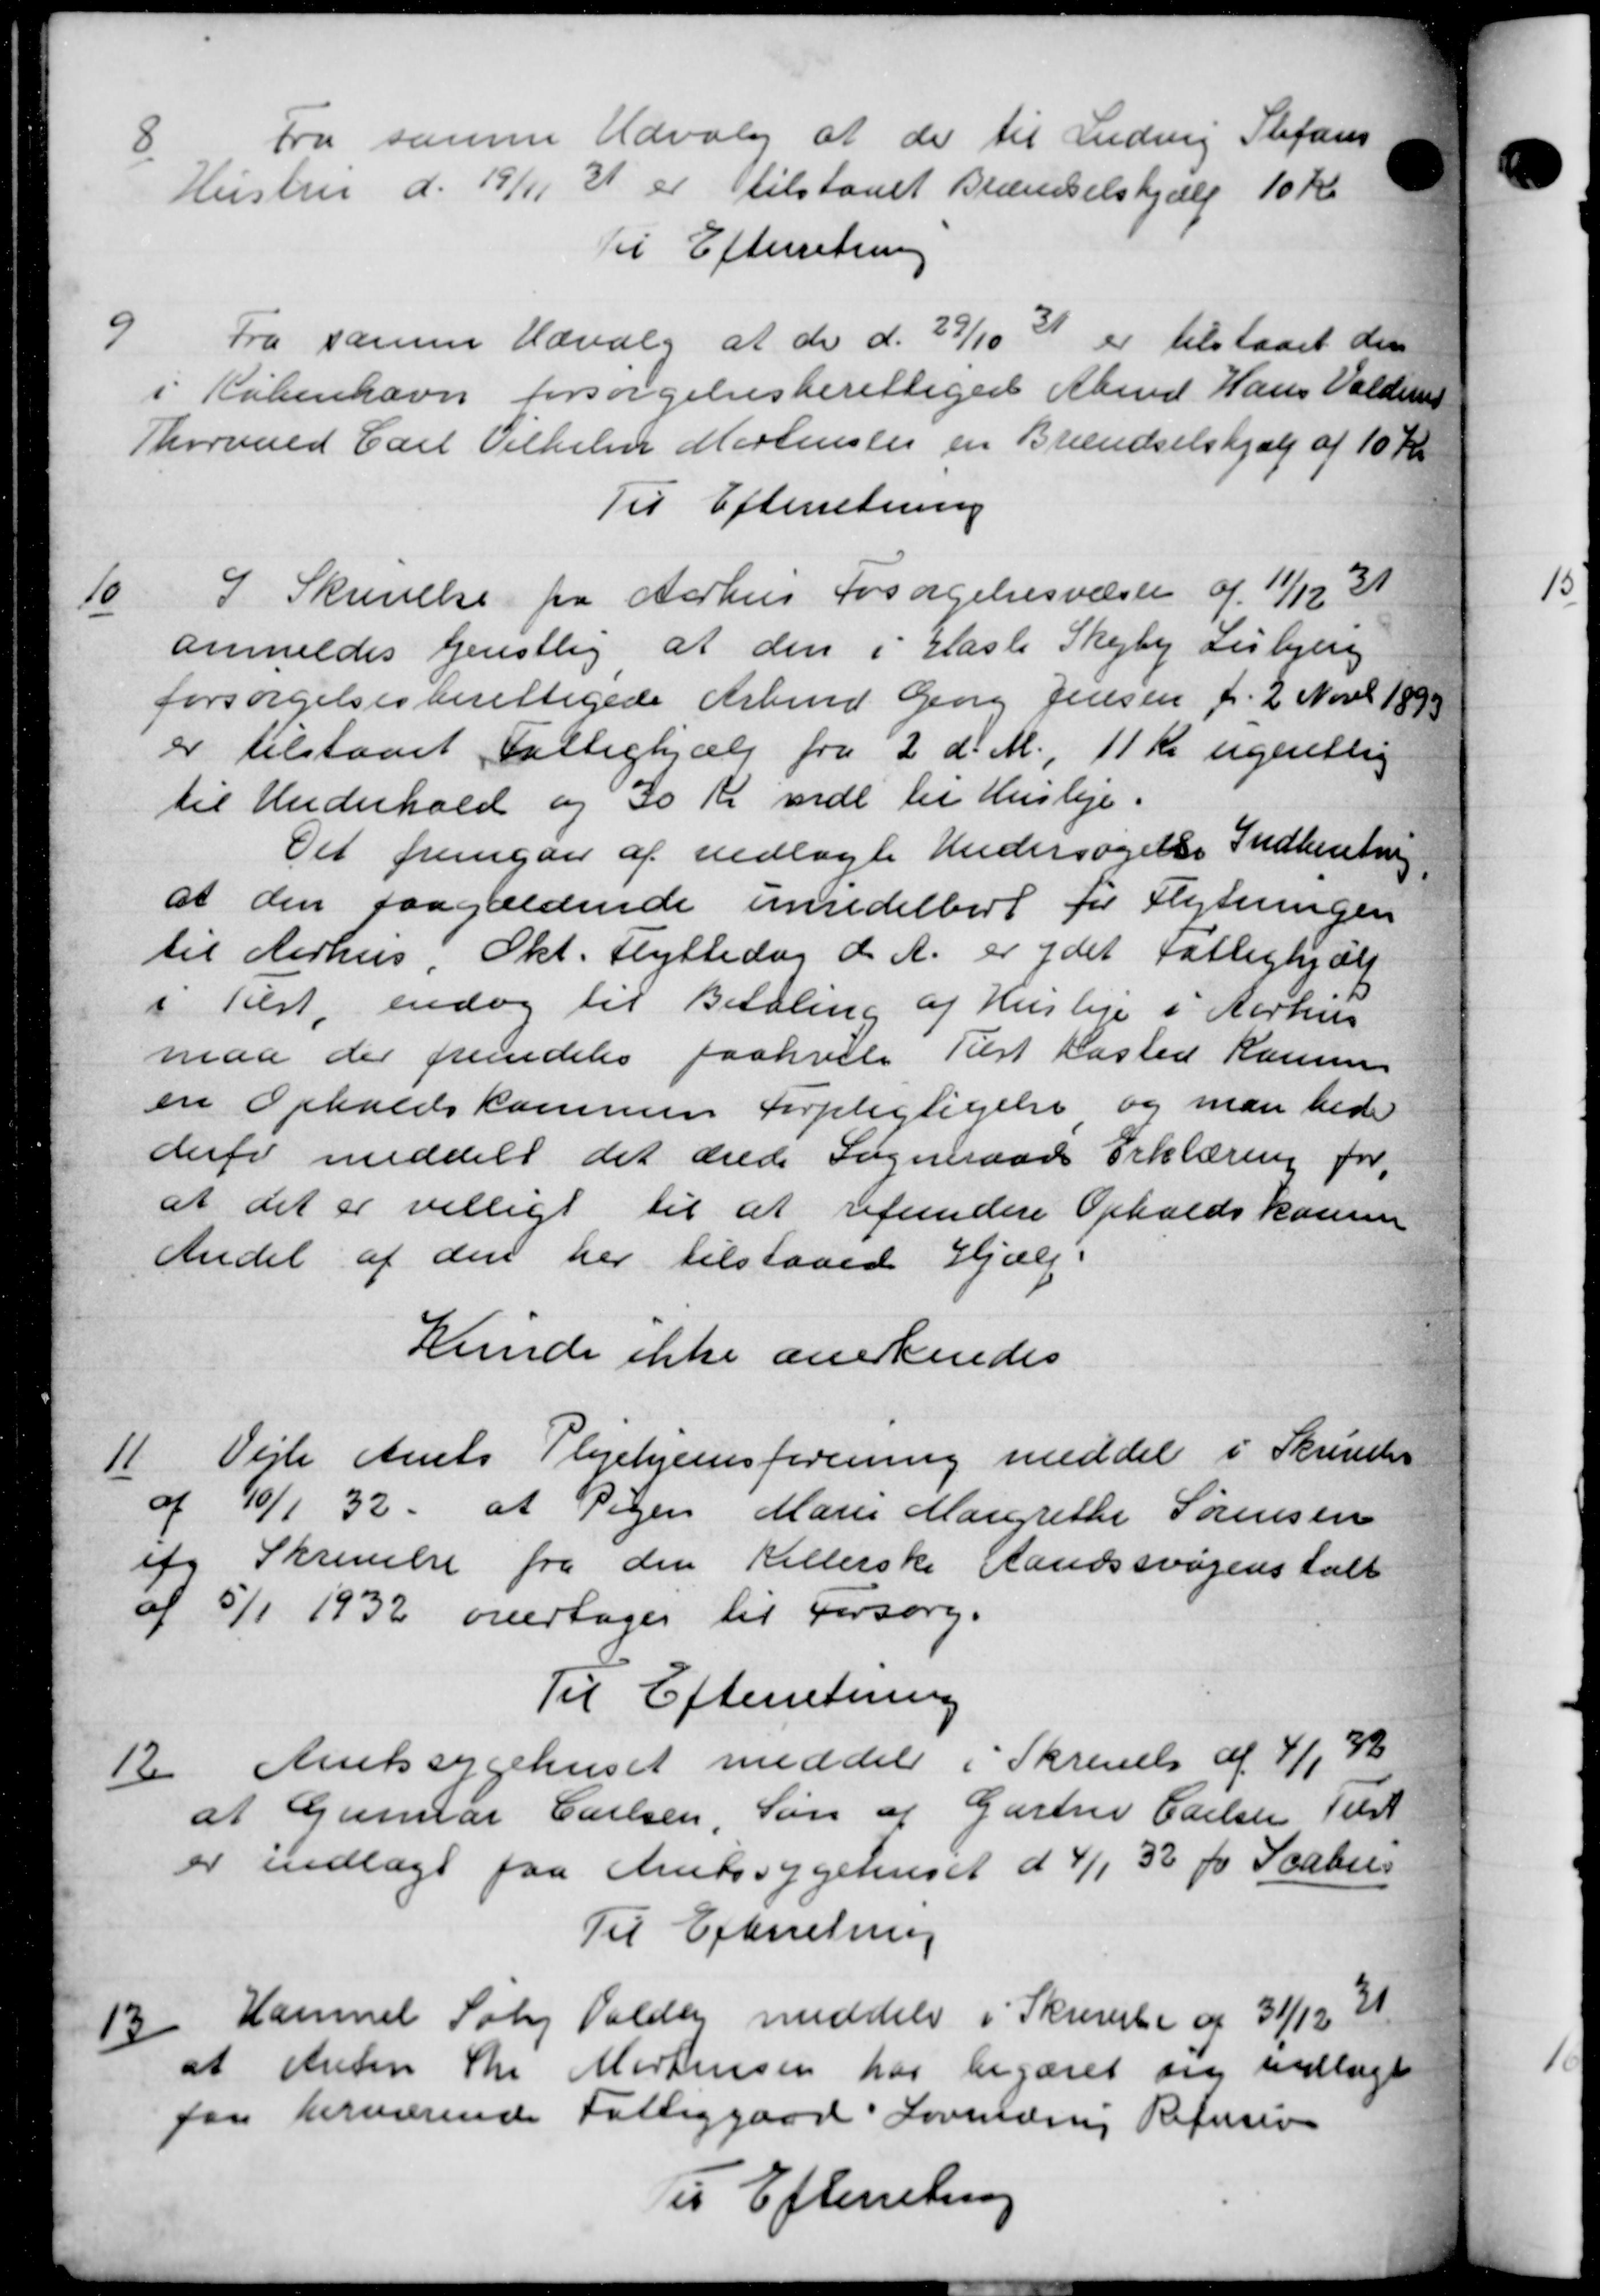
Transskription:
Fra samme Udvalg at de til Ludvig Stefans
Hustru d. 19/11 31 er tilstaaet Brændselshjælp 10 Kr.
Til Efterretning

Fra samme Udvalg at de d. 27/10 21 er tilstaaet den
i København forsørgelsesberettiget Arbmd Hans Valdem
Thorvald Carl Vilhelm Mortensen en Brændselshjælp af 10 Kr
Til Efterretning

I Skrivelse fra Aarhus Forsøgelsesvæsen af 11/12 31
anmeldes Genstlig at den i Hasle Skejby Lisbjerg
forsørgelsesberettigede Arbmd Georg Jensen f. 2 Novbr 1893
er tilstaaet Fattighjælp fra 2' d. M., 11 Kr ugentlig
til Underhold og 30 Kr mdl til Husleje.
Det fremgaa af vedlagte Undersøgelse Indberetning
at den paagældende umidelbert for Flytningen
til Aarhus i Okt. Flyttedag d. A. er ydet Fattighjælp
i Tilst, endog til Betaling af Husleje i Aarhus
maa der fremdeles paahvile Tilst Kasted Kausen
en Opholdskommen Forpligtigelse og man bede
derfor meddelt det ærede Sogneraads Erklæring for
at det er villigt til at refundere Opholdskomm
Andel af den her tilstaaed Hjælp.
Kunde ikke anerkendes
11
Vejle Amts Plejehjemsforening meddel i Skrivelse
af 40/1 32. at Pigen Marie Margrethe Sørensen
ig Skrivelse fra den Kellerske Aandssvagenstalt
af 5/1 1932 overtages til Forsorg.
Til Efterretning
12.
Amtssygehuset meddele i Skrivelse af 4/1, 42
at Gunnar Carlsen, Søn af Gartne Carlsen Tilst
er indlagt paa Amtssygehuset d 4/1 32 fo Scabis
Til Efterretning
13
Hammel Saby Valden meddeler i Skrivelse af 31/12 2
at Anton Chr Mortensen har begæret sig indlagt
faa herværende Fattiggaar Lovenærns Refusion
Til Efterretning